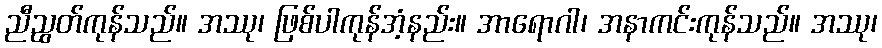
ညီညွတ်ကုန်သည်။ အဿု၊ ဖြစ်ပါကုန်အံ့နည်း။ အာရောဂါ၊ အနာကင်းကုန်သည်။ အဿု၊